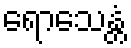
ရောသေန္တံ